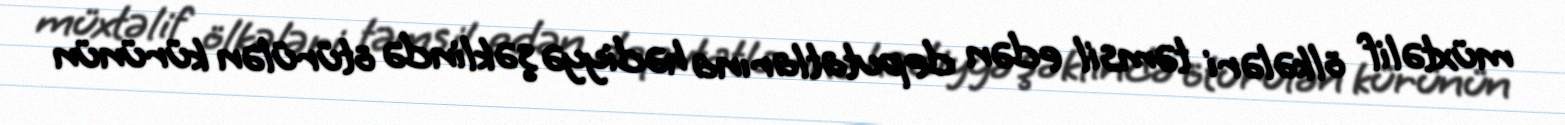
müxtəlif ölkələri təmsil edən deputatlarına hədiyyə şəklində ötürülən kürünün